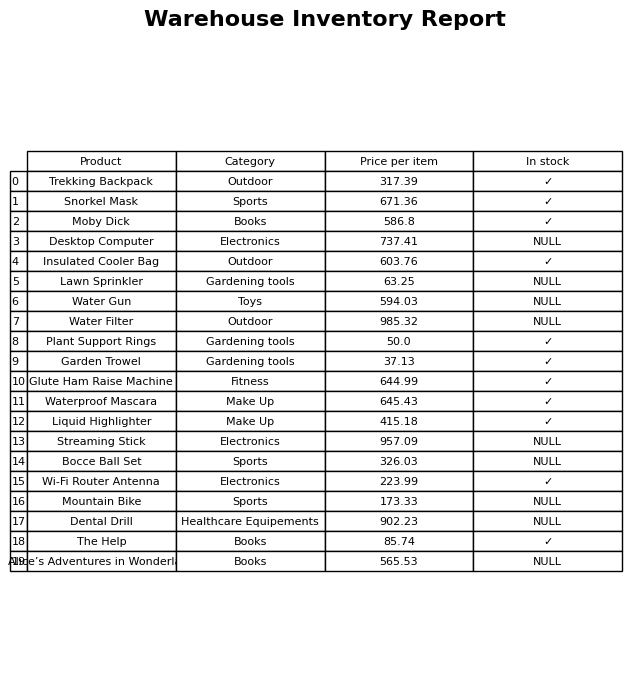
question: Is the Garden Trowel in stock?
answer: ✓